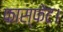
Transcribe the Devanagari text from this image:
फास्फेट।